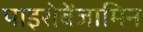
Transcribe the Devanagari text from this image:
पाइरोबेंजामिन